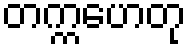
တက္ကဟေတု